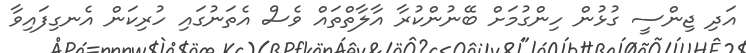
އަދި ޖިންސީ ގުޅުން ހިންގުމަށް ބޭނުންކުރާ އާލާތްތައް ވެސް އެތަނުގައި ހުރިކަން އެނގިފައިވާ